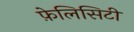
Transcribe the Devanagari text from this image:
फ़ेलिसिटी